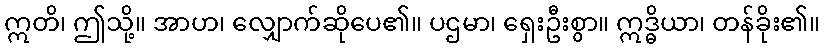
ဣတိ၊ ဤသို့။ အာဟ၊ လျှောက်ဆိုပေ၏။ ပဌမာ၊ ရှေးဦးစွာ။ ဣဒ္ဓိယာ၊ တန်ခိုး၏။